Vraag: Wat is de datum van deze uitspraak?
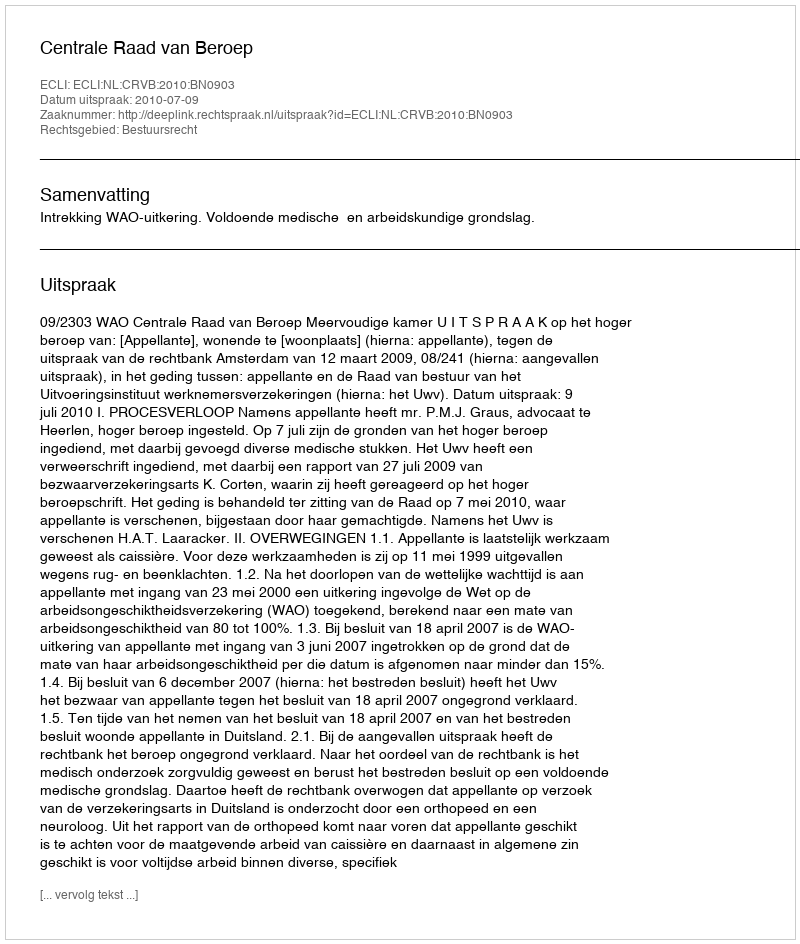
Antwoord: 2010-07-09